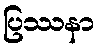
ပြဿနာ